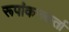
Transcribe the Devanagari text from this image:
रूपांकनकर्ता